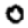
Digit: 0